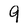
Character: 9